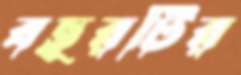
বছরটির